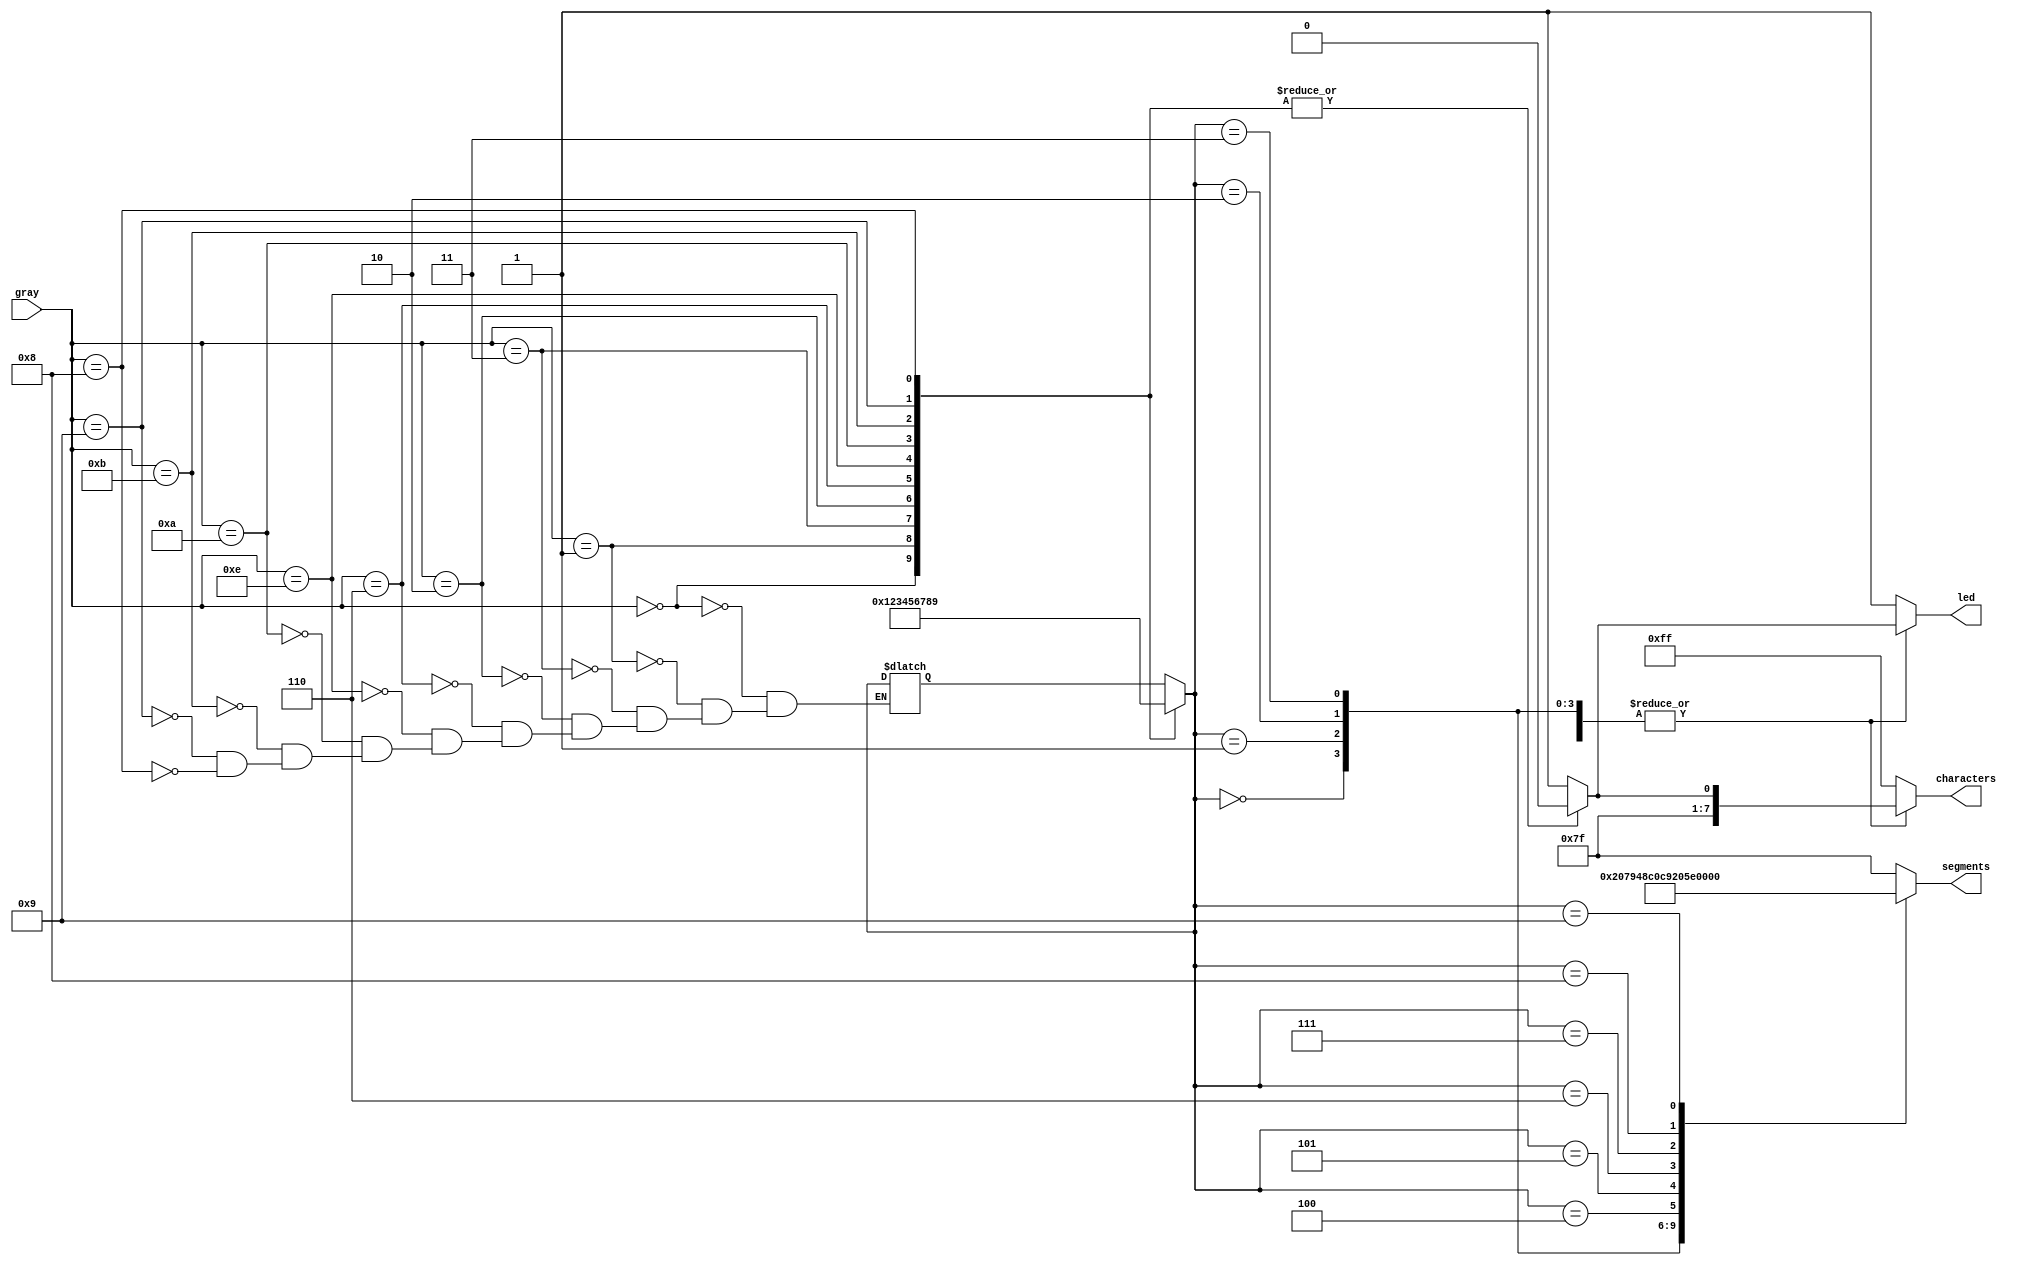
// Mark Mitri & Ryan Forelli
// 9/6/2021
// ECE 128
// Lab 2 Part 2

`timescale 1ns / 1ps

module gray_to_bcd_converter(input[3:0] gray,output reg[6:0] segments,output reg led,output reg[7:0] characters);
    reg[3:0] bcd;
    always @ (*) //event-sensitivity list
        begin
            led = 1'b0;
            characters = 8'b11111110;
            case (gray) //Cases for lighting up each number
                4'b0000 : bcd = 4'b0000;
                4'b0001 : bcd = 4'b0001;
                4'b0011 : bcd = 4'b0010;
                4'b0010 : bcd = 4'b0011;
                4'b0110 : bcd = 4'b0100;
                4'b1110 : bcd = 4'b0101;
                4'b1010 : bcd = 4'b0110;
                4'b1011 : bcd = 4'b0111;
                4'b1001 : bcd = 4'b1000;4'b1000 : bcd = 4'b1001;
                default:
                    begin
                        led = 1'b1;
                        segments = 7'b1111111;
                        characters = 8'b11111111;
                    end
            endcase
            case (bcd) //Cases for lighting up each number
                0 : segments = 7'b1000000;
                1 : segments = 7'b1111001;
                2 : segments = 7'b0100100;
                3 : segments = 7'b0110000;
                4 : segments = 7'b0011001;
                5 : segments = 7'b0010010;
                6 : segments = 7'b0000010;
                7 : segments = 7'b1111000;
                8 : segments = 7'b0000000;
                9 : segments = 7'b0010000;
                default:
                    begin
                        led = 1'b1;
                        segments = 7'b1111111;
                        characters = 8'b11111111;
                    end
            endcase
        end
endmodule